Distribution and causation of leprosy in British India
Year: 1875
Disease focus: Leprosy
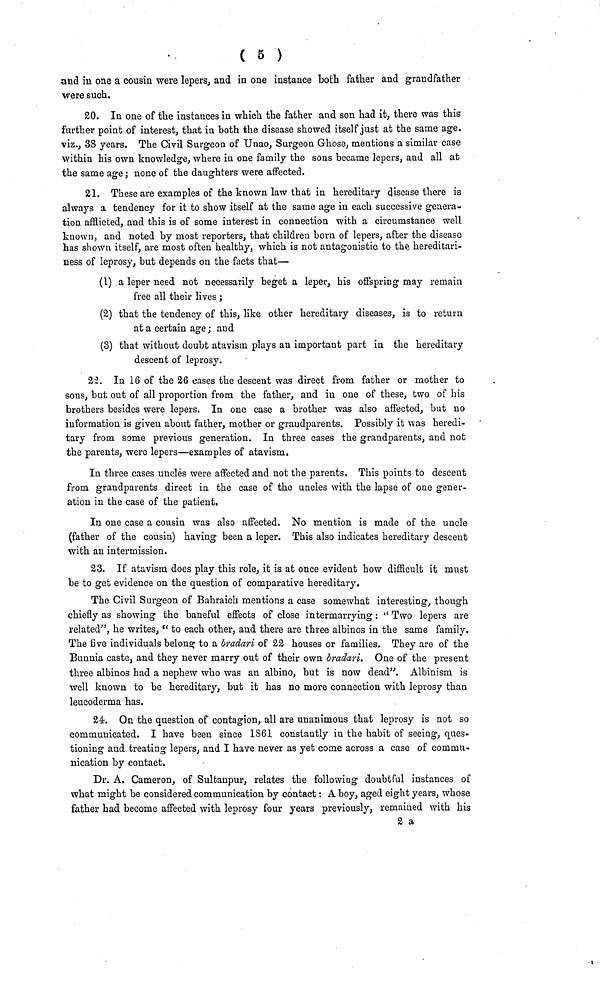
( 5 )
and m one a cousin were lepers, and in one instance both father and grandfather
were such.
20. In one of the instances in which the father and son had it, there was this
further point of interest, that in both the disease showed itself just at the same age.
viz., 38 years. The Civil Surgeon of Unao, Surgeon Ghose, mentions a similar case
within his own knowledge, where in one family the sons became lepers, and all at
the same age; none of the daughters were affected.
21. These are examples of the known law that in hereditary disease there is
always a tendency for it to show itself at the same age in each successive genera-
tion afflicted, and this is of some interest in connection with a circumstance well
known, and noted by most reporters, that children born of lepers, after the disease
has shown itself, are most often healthy, which is not antagonistic to the hereditari-
ness of leprosy, but depends on the facts that—
(1) a leper need not necessarily beget a leper, his offspring may remain
free all their lives;
(2) that the tendency of this, like other hereditary diseases, is to return
at a certain age ; and
(3) that without doubt atavism plays an important part in the hereditary
descent of leprosy.
22. In 16 of the 26 cases the descent was direct from father or mother to
sons, but out of all proportion from the father, and in one of these, two of his
brothers besides were lepers. In one case a brother was also affected, but no
information is given about father, mother or grandparents. Possibly it was heredi-
tary from some previous generation. In three cases the grandparents, and not
the parents, were lepers—examples of atavism.
In three cases uncles were affected and not the parents. This points to descent
from grandparents direct in the case of the uncles with the lapse of one gener-
ation in the case of the patient.
In one case a cousin was also affected. No mention is made of the uncle
(father of the cousin) having been a leper. This also indicates hereditary descent
with an intermission.
23. If atavism does play this role, it is at once evident how difficult it must
be to get evidence on the question of comparative hereditary.
The Civil Surgeon of Bahraich mentions a case somewhat interesting, though
chiefly as showing the baneful effects of close intermarrying : "Two lepers are
related", he writes, "to each other, and there are three albinos in the same family.
The five individuals belong to a bradari of 22 houses or families. They are of the
Bunnia caste, and they never marry out of their own bradari. One of the present
three albinos had a nephew who was an albino, but is now dead". Albinism is
well known to be hereditary, but it has no more connection with leprosy than
leucoderma has.
24. On the question of contagion, all are unanimous that leprosy is not so
communicated. I have been since 1861 constantly in the habit of seeing, ques-
tioning and treating lepers, and I have never as yet come across a case of commu-
nication by contact.
Dr. A. Cameron, of Sultanpur, relates the following doubtful instances of
what might be considered communication by contact : A boy, aged eight years, whose
father had become affected with leprosy four years previously, remained with his
2 a